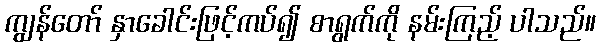
ကျွန်တော် နှာခေါင်းဖြင့်ကပ်၍ စာရွက်ကို နမ်းကြည့် ပါသည်။